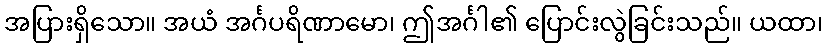
အပြားရှိသော။ အယံ အင်္ဂပရိဏာမော၊ ဤအင်္ဂါ၏ ပြောင်းလွဲခြင်းသည်။ ယထာ၊